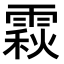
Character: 𩄍